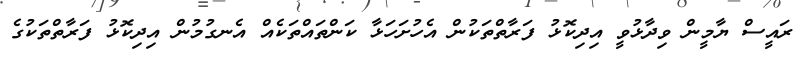
ރައީސް ޔާމީން ވިދާޅުވީ އިދިކޮޅު ފަރާތްތަކުން އެހުށަހަޅާ ކަންތައްތަކެއް އެނގުމުން އިދިކޮޅު ފަރާތްތަކުގެ